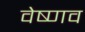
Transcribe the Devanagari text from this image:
वेष्णव